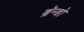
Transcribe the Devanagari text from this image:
ब्रॅन्डो